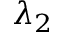
\lambda _ { 2 }